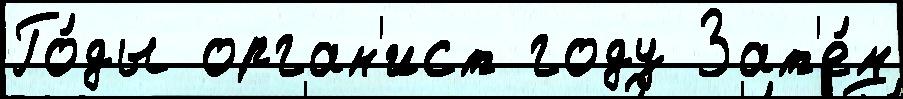
Го́ды орган'ист году Зат'е́м